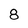
Character: 8